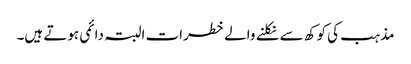
مذہب کی کوکھ سے نکلنے والے خطرات البتہ دائمی ہوتے ہیں۔